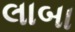
લાબા